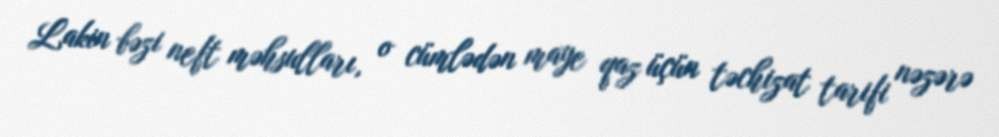
Lakin bəzi neft məhsulları, o cümlədən maye qaz üçün təchizat tarifi nəzərə